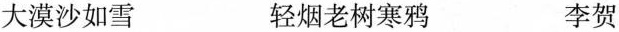
大漠沙如雪 轻烟老树寒鸦 李贺